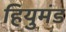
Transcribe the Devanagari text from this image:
हियुमंड